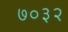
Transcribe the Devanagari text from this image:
७०३२